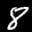
Label: 8